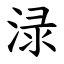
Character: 渌